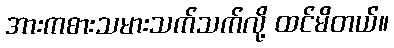
အားကစားသမားသက်သက်လို့ ထင်မိတယ်။